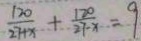
\frac { 1 2 0 } { 2 7 + x } + \frac { 1 2 0 } { 2 7 - x } = 9